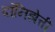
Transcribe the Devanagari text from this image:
दॉनिझेत्ती